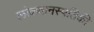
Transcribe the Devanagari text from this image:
लोकवानस्पतिकी